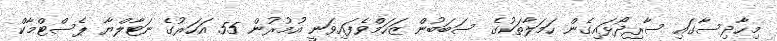
މިހާދިސާގައި ސާރިދޯޅައިގެން ހަމަލާތަކުގެ ސަބަބުން ޒަހަމްވެފައިވަނީ އުމުރުން 55 އަހަރުގެ ނަޓާލްޔާ ޕެސްޓްމާކް